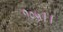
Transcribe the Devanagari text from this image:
१०५।।